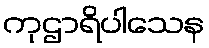
ကုဌာရိပါသေန